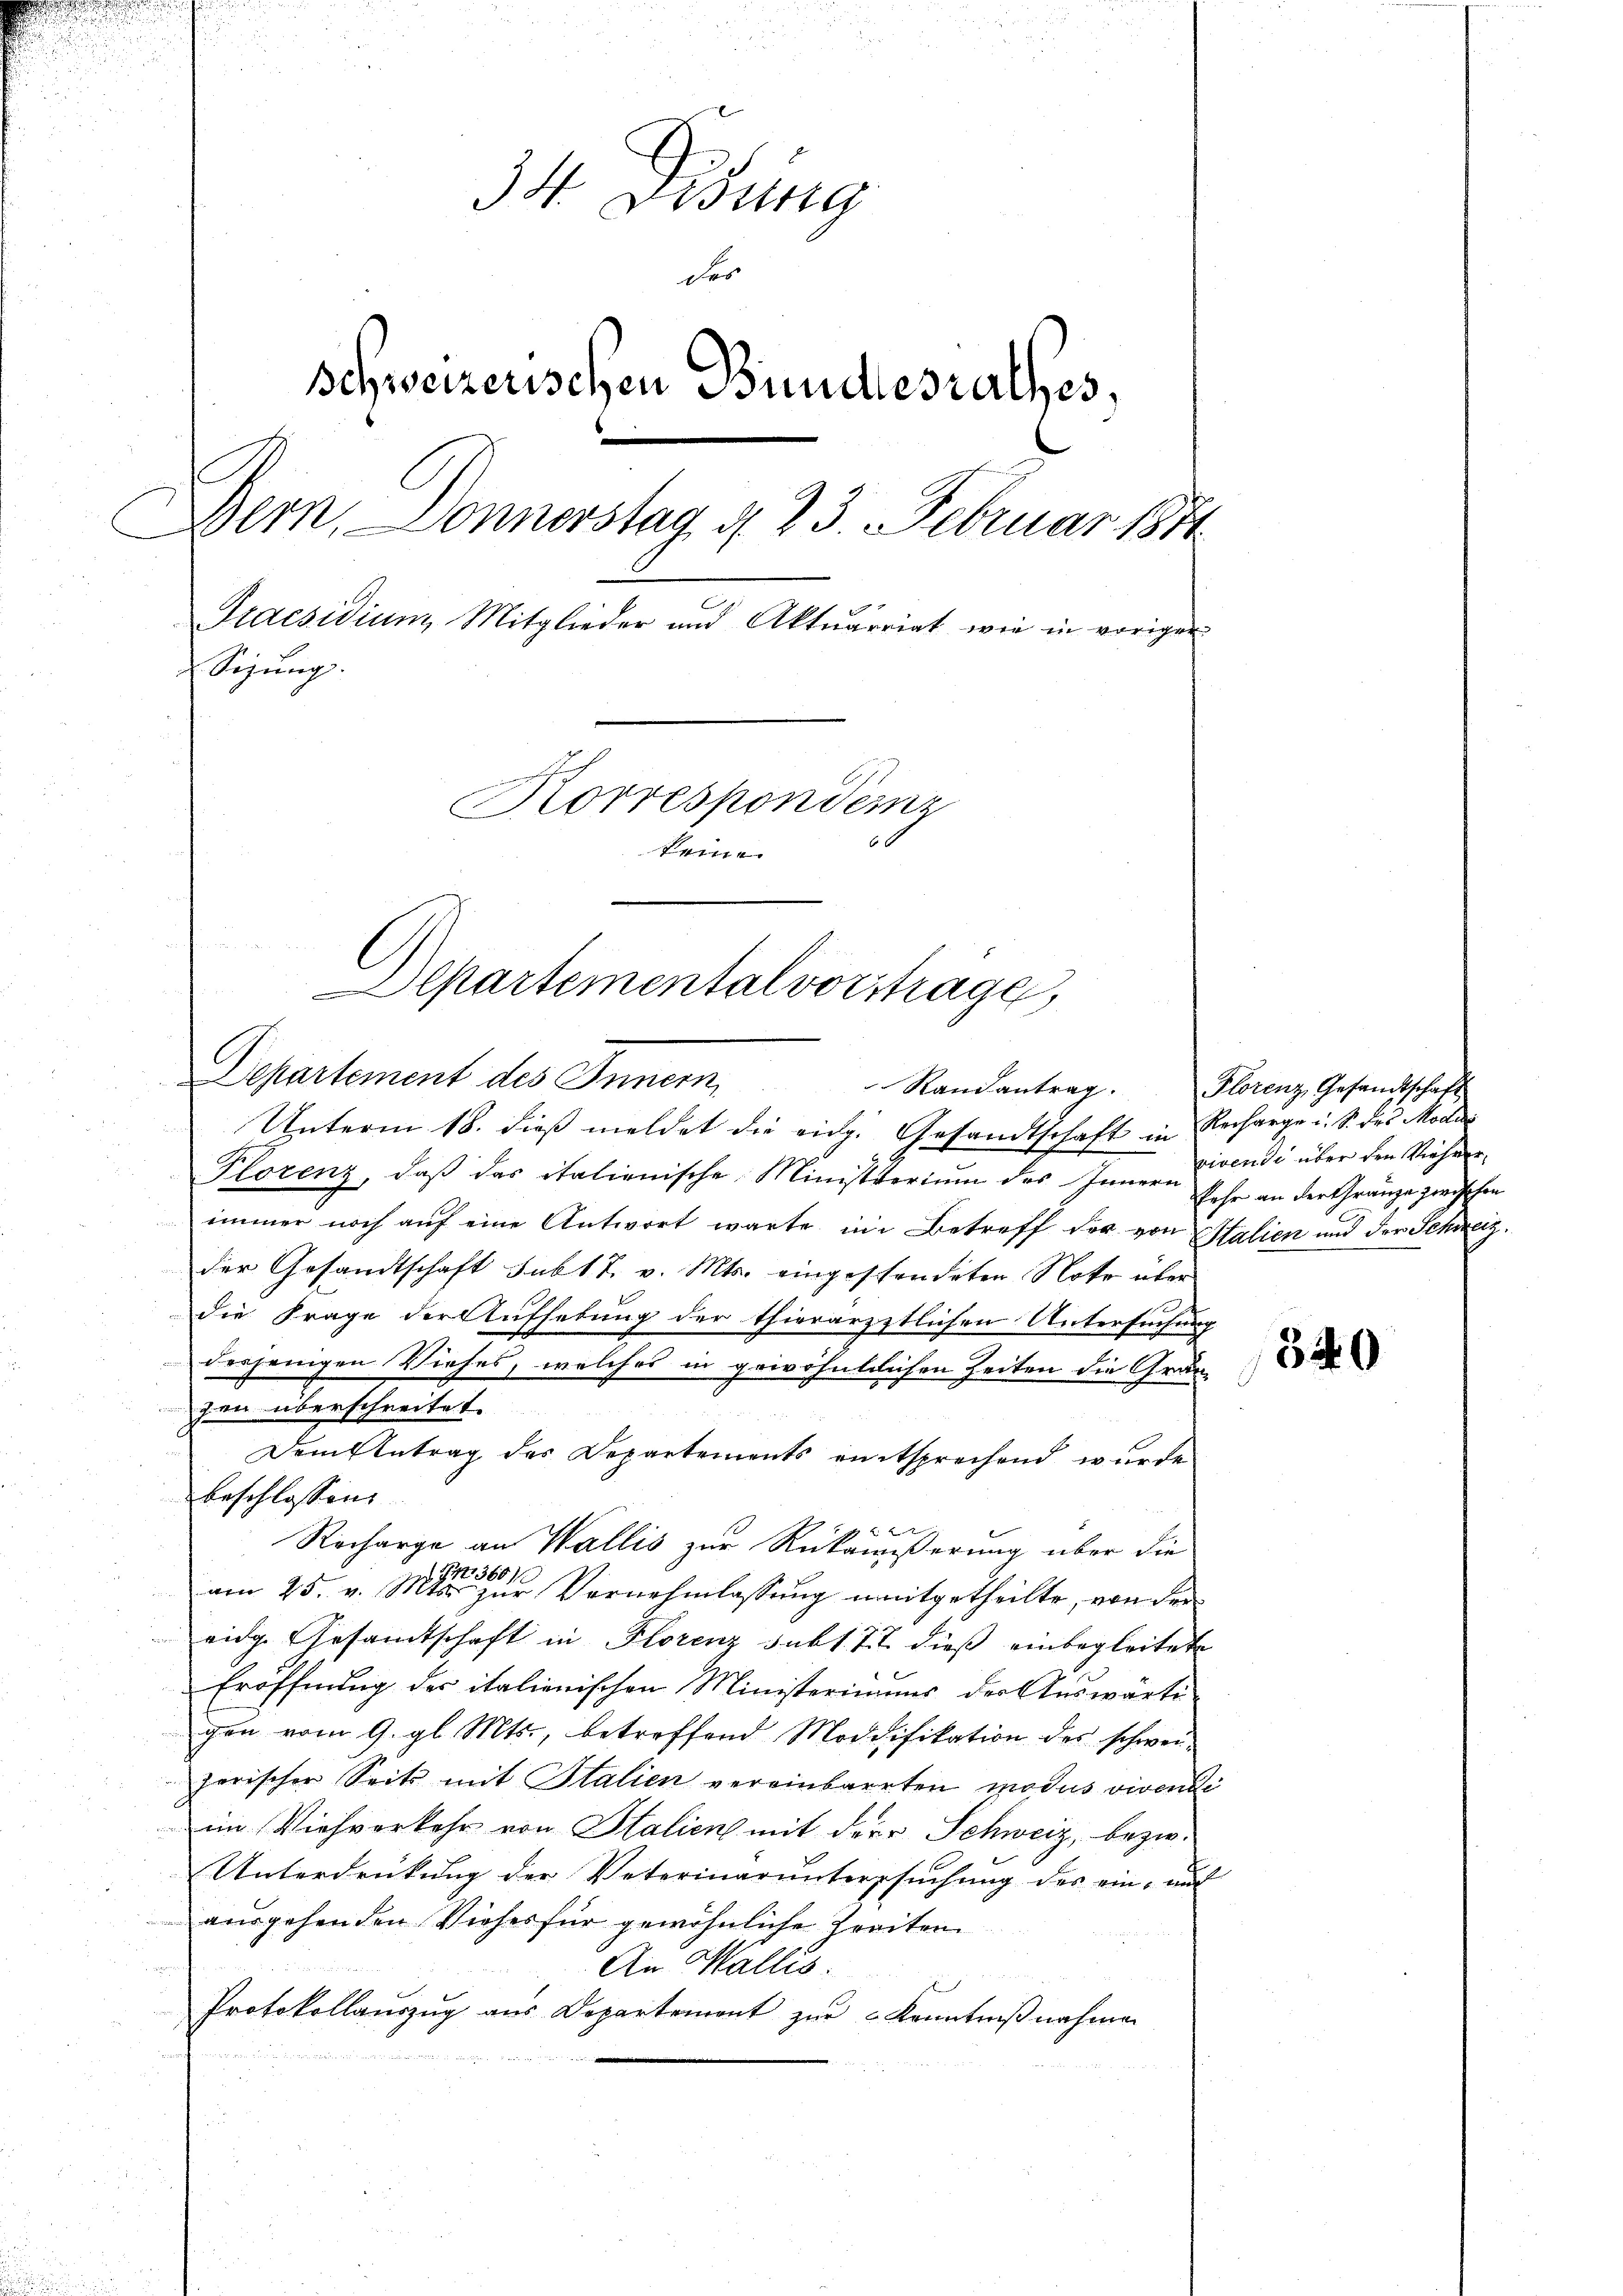
d

34. Disung
der
Schweizerischen Bundesrathes,
Dern, Sonnerstag d. 23. Februar 1871
Praesidium Mitglieder und Aktuarriat wie in voriger
Sizung.
Korrespondenz
kein
Departemental vortrage,

Departement des Innern
Randantrag.

beschlossen:

Unterm 18. dieß meldet die eidg. Gesandtschaft in Recharge u. S. des Milde
Plorenz, daß das italionische Ministerium der vivendi über den Viehen,
immer noch auf eine Antwort warte im Betreff der von Italien und der Schweiz.
der Gesandtschaft sub 17. v. Mts. eingeschendeten Note über
die Frage der Aufhebung der thierärztlichen Untersuchung
derjenigen Viehes, welches in gewöhntlichen Zeiten die Grauzen überschreitet.
Dem Antrag des Departements entsprechend wurde
 22
Recharge an Wallis zur Rückäußerung über die
194
360 f
am 25. v. Mts. zur Vernehmlassung mitgetheilte, von der
eidg. Gesandtschaft in Florenz subt. 77 dieß einbegleitete
Eröffnung der italienischen Ministeriums der Auswärte
gen vom 9. gl. Mts., betreffend Modifikation des schwerzerischer Seits mit Italien vereinbarrten modus viventi
im Viehverkehr von Stalien mit der Schweiz, bezw.
Unterdrückung der Veterinaruntersŭchŭng des ein auf
ausgehenden Viehes für gewöhnliche Zeiten
An Wallis.
Protokollauszug aus Departement zur Kenntnißnahmen

Florenz, Gesandtschaft
sehr an der Gränze zwischen

340